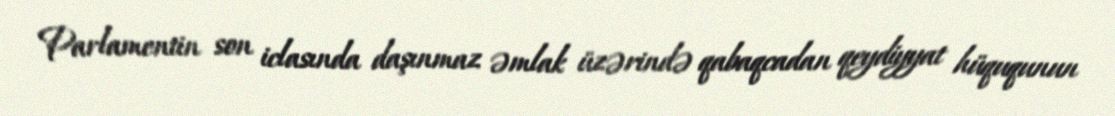
Parlamentin son iclasında daşınmaz əmlak üzərində qabaqcadan qeydiyyat hüququnun